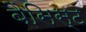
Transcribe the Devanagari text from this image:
बैसिस्ट